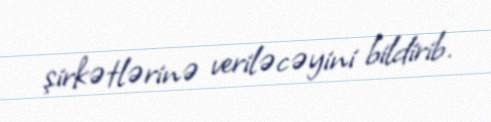
şirkətlərinə veriləcəyini bildirib.